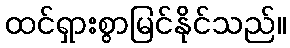
ထင်ရှားစွာမြင်နိုင်သည်။